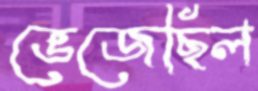
ভেজেছিল